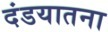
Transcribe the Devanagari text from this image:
दंडयातना